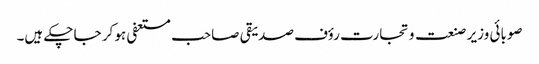
صوبائی وزیر صنعت و تجارت رؤف صدیقی صاحب مستعفی ہو کر جا چکے ہیں۔